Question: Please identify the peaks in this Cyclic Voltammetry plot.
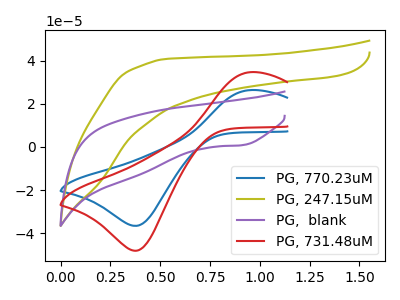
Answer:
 <answer>The blue curve "PG, 770.23uM" has an anodic peak at (0.95V, 26.30uA) and a cathodic peak at (0.40V, -36.55uA). The olive curve "PG, 247.15uM" has no peaks. The purple curve "PG,  blank" has a cathodic peak at: (0.90V, 0.80uA). The red curve "PG, 731.48uM" has an anodic peak at (0.95V, 34.60uA) and a cathodic peak at (0.40V, -48.10uA).</answer>
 <eval></eval>